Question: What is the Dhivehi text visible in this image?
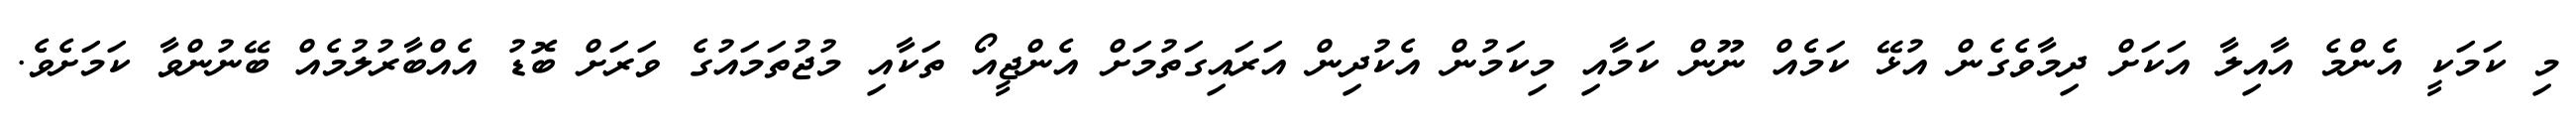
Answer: މި ކަމަކީ އެންމެ އާއިލާ އަކަށް ދިމާވެގެން އުޅޭ ކަމެއް ނޫން ކަމާއި މިކަމުން އެކުދިން އަރައިގަތުމަށް އެންޖީއޯ ތަކާއި މުޖުތަމައުގެ ވަރަށް ބޮޑު އެއްބާރުލުމެއް ބޭނުންވާ ކަމަށެވެ.